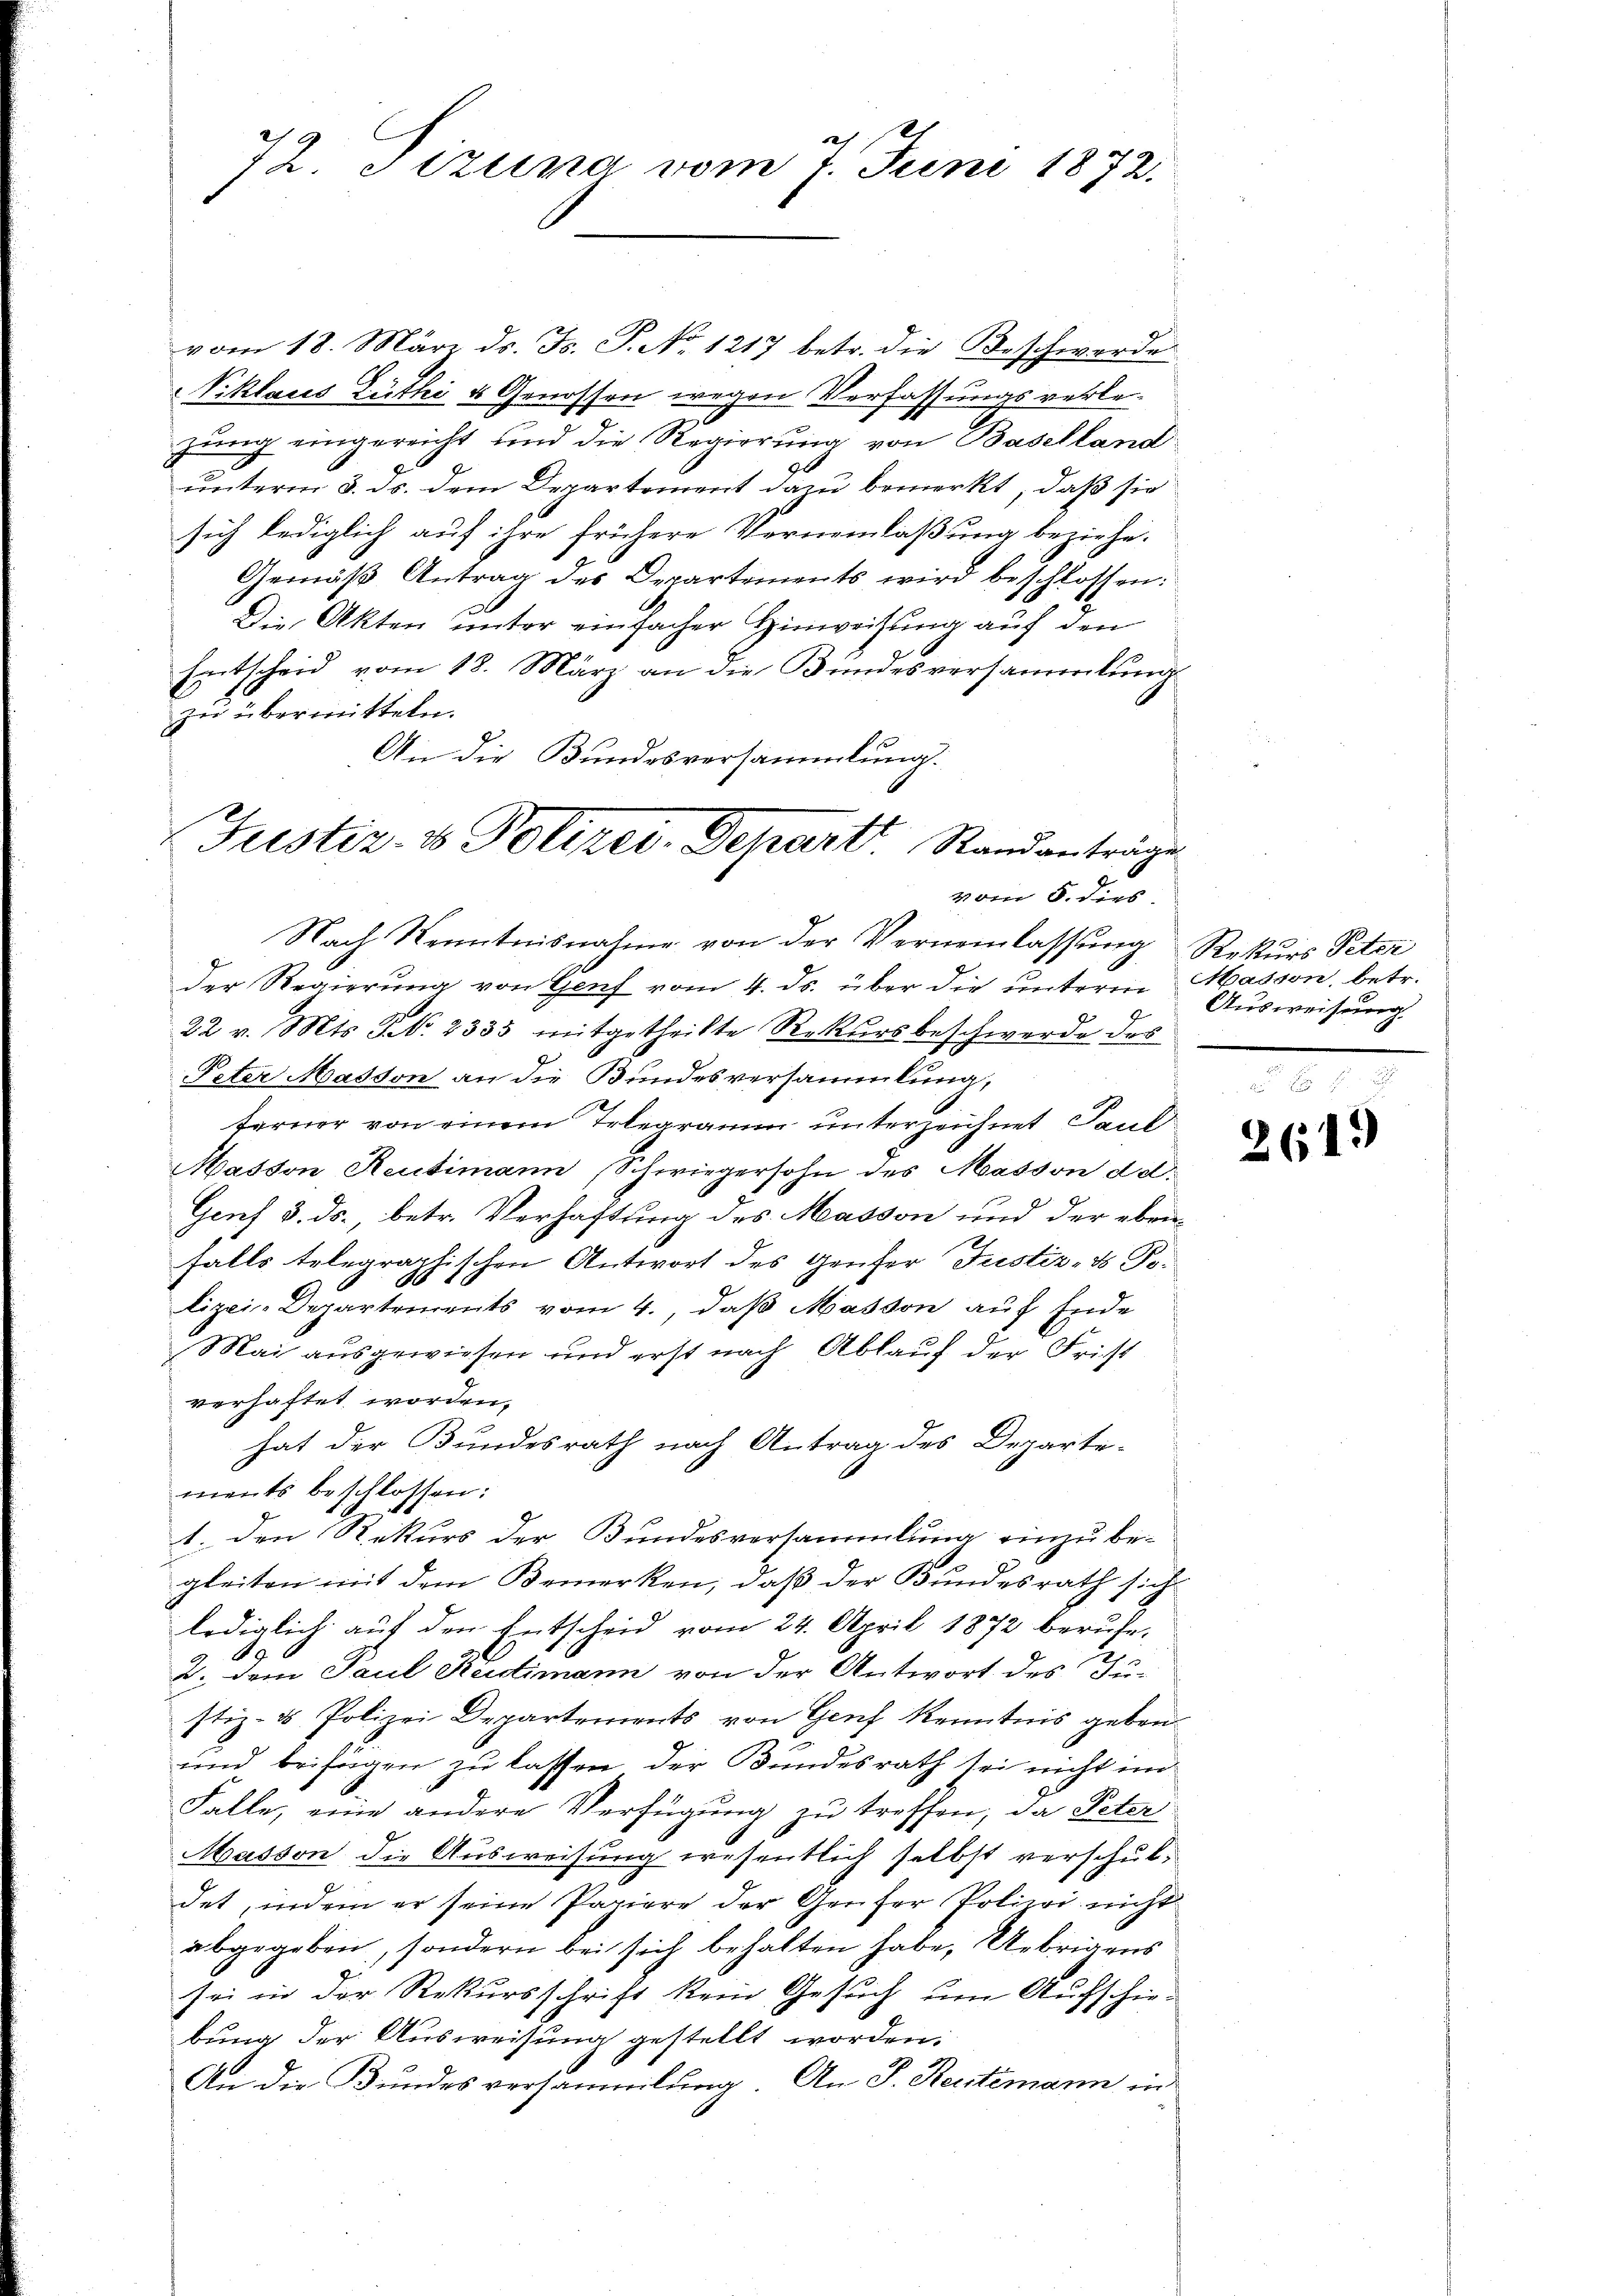
72. Szuna vom 7. Juni 1872.

vom 18. März ds. F. P. No. 1217 betr. die Beschwerde
Viklaus Luthi & Genossen wegen Verfassungsverlezung eingereicht und die Regierung von Basellandunterm 3. ds. dem Departement dazu bemerkt, daß sie
sich lediglich auf ihre frühere Verneinlaßung beziehe.
Gemäβ Antrag des Departements wird beschlossen:
Die Akten unter einfacher Hinweisung auf den
Entscheid vom 18. März an die Bundesversammlung
zu übermitteln.
An die Bundesversammlung.

Justiz- & Polizei-Depart Standanträge
vom 8. dies
Nach Kenntnisnahme von der Verneinlassŭng Rekurs Peter

der Regierung von Genf vom 4. ds. über die unterm
22 v. Mts. NNo. 2335 mitgetheilte Rekursbeschwerde des
Peter Masson an die Bundesversammlung,
terner von einem Telegramm unterzeichnet Land¬
Masson Reutimann, Schwiegersohn des Masson d d.
Genf 3. ds., betr. Verhaftung des Masson und der ebenfalls telegraphischen Antwort des Genfer Justiz- & Polizei-Departements vom 4., daß Masson auf Ende
Mai ausgewiesen und erst nach Ablauf der Frist
verhaftet worden.
hat der Bundesrath nach Antrag des Departe-
ments beschlossen:
1. den Rekurs der Bundesversammlung einzube-
gleiten mit dem Bemerken, daß der Bundesrath sich
lediglich auf den Entscheid vom 24. April 1872 berufe-
49
2. dem Paul Radimann von der Antwort des Justiz- & Polizei Departements von Genf Kenntnis geben.
und beifügen zu lassen der Bundesrath sei nicht un
Falle, eine andere Verfügung zu treffen, da Peter
Masson die Ausweisung wesentlich selbst verschuldet, indem er seine Papiere der Genfer Polizei nicht
abgegeben, sondern bei sich behalten habe, Uebrigens
sei in der Rekursschrift kein Gesuch um Aufschie-
bung der Ausweisung gestellt worden.
An die Bundesversammlung. An J. Reitemann in

Masson, betr.
Ausweisung

2619)